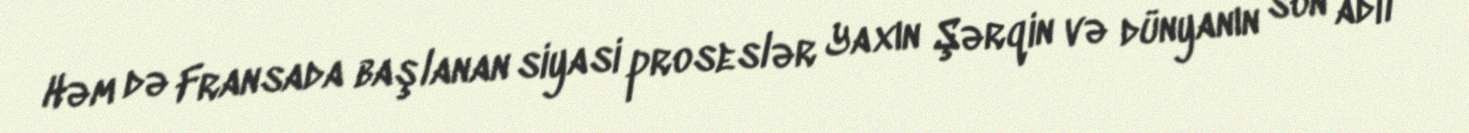
Həm də Fransada başlanan siyasi proseslər Yaxın Şərqin və dünyanın son adil